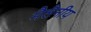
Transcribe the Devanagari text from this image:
मैलैनीय